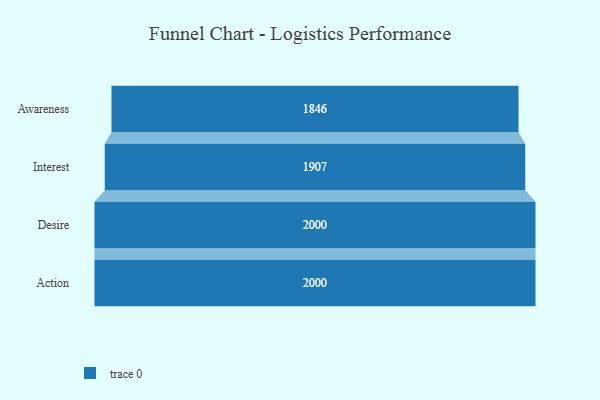
{"axis": {"x": "Stage", "y": "Value"}, "legend": [""], "data": [{"x": "Awareness", "y": 1846.0, "type": ""}, {"x": "Interest", "y": 1907.0, "type": ""}, {"x": "Desire", "y": 2000, "type": ""}, {"x": "Action", "y": 2000, "type": ""}]}